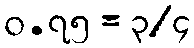
၀.၇၅ = ၃/၄